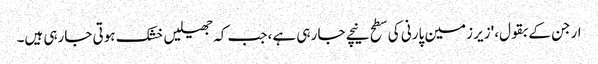
ارجن کے بقول، 'زیر زمین پارنی کی سطح نیچے جا رہی ہے، جب کہ جھیلیں خشک ہوتی جارہی ہیں۔